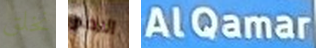
نخلق الاطار AlQamar